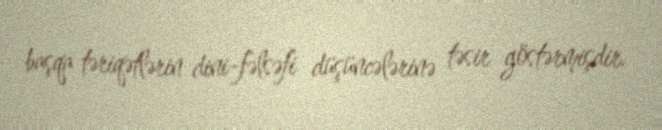
başqa təriqətlərin dini-fəlsəfi düşüncələrinə təsir göstərmişdir.